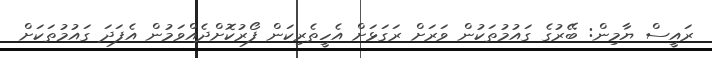
ރައީސް ޔާމިން: ބޭރުގެ ގައުމުތަކުން ވަރަށް ރަގަޅަށް އެހީތެރިކަން ފޯރުކޮށްދެއްވަމުން އެފަދަ ގައުމުތަކަށް